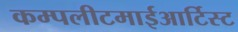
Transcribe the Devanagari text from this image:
कम्पलीटमाईआर्टिस्ट